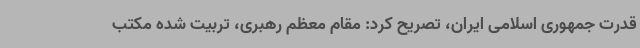
قدرت جمهوری اسلامی ایران، تصریح کرد: مقام معظم رهبری، تربیت شده مکتب